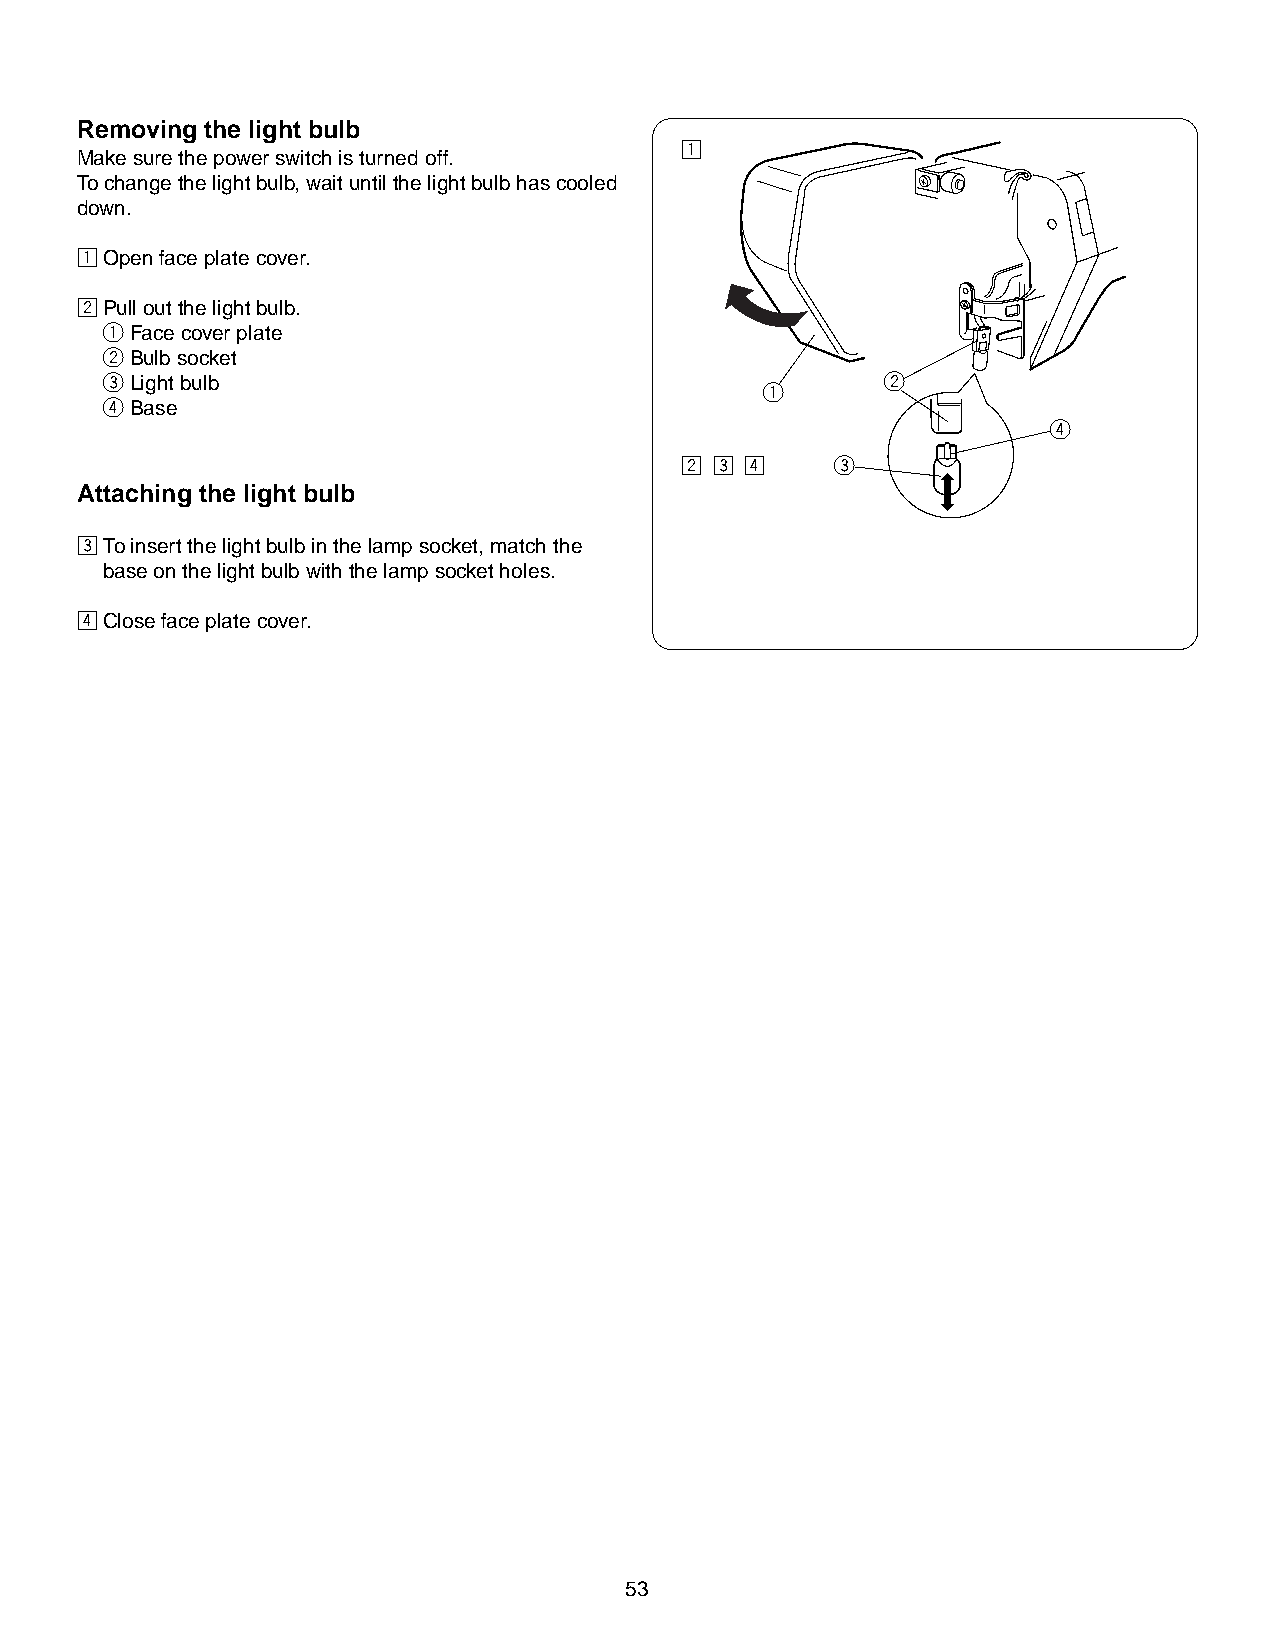
Removing the light bulb
 z
 Make sure the power switch is turned off.
 To change the light bulb, wait until the light bulb has cooled
 down.
 zOpen face plate cover.
 xPull out the light bulb.
 qFace cover plate
 wBulb socket
 eLight bulb                                         w
 q
 rBase
 r
 x c v     e
 Attaching the light bulb
 cTo insert the light bulb in the lamp socket, match the
 base on the light bulb with the lamp socket holes.
 vClose face plate cover.
 53